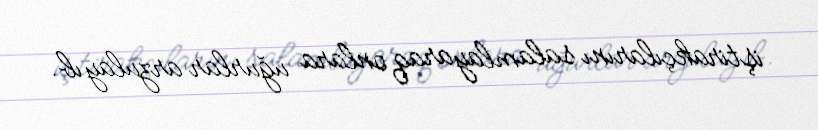
iştirakçılarını salamlayaraq onlara uğurlar arzulayıb.